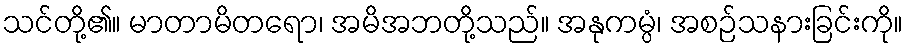
သင်တို့၏။ မာတာမိတရော၊ အမိအဘတို့သည်။ အနုကမ္ပံ၊ အစဉ်သနားခြင်းကို။